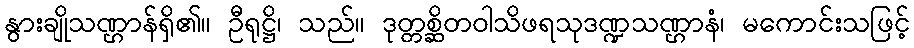
နွားချိုသဏ္ဌာန်ရှိ၏။ ဦရုဋ္ဌိ၊ သည်။ ဒုတ္တစ္ဆိတဝါသိဖရသုဒဏ္ဍသဏ္ဌာနံ၊ မကောင်းသဖြင့်